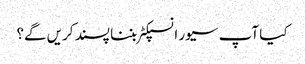
کیا آپ سیور انسپکٹر بننا پسند کریں گے؟